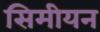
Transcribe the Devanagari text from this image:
सिमीयन